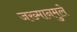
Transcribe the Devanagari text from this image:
जख्मानमुले